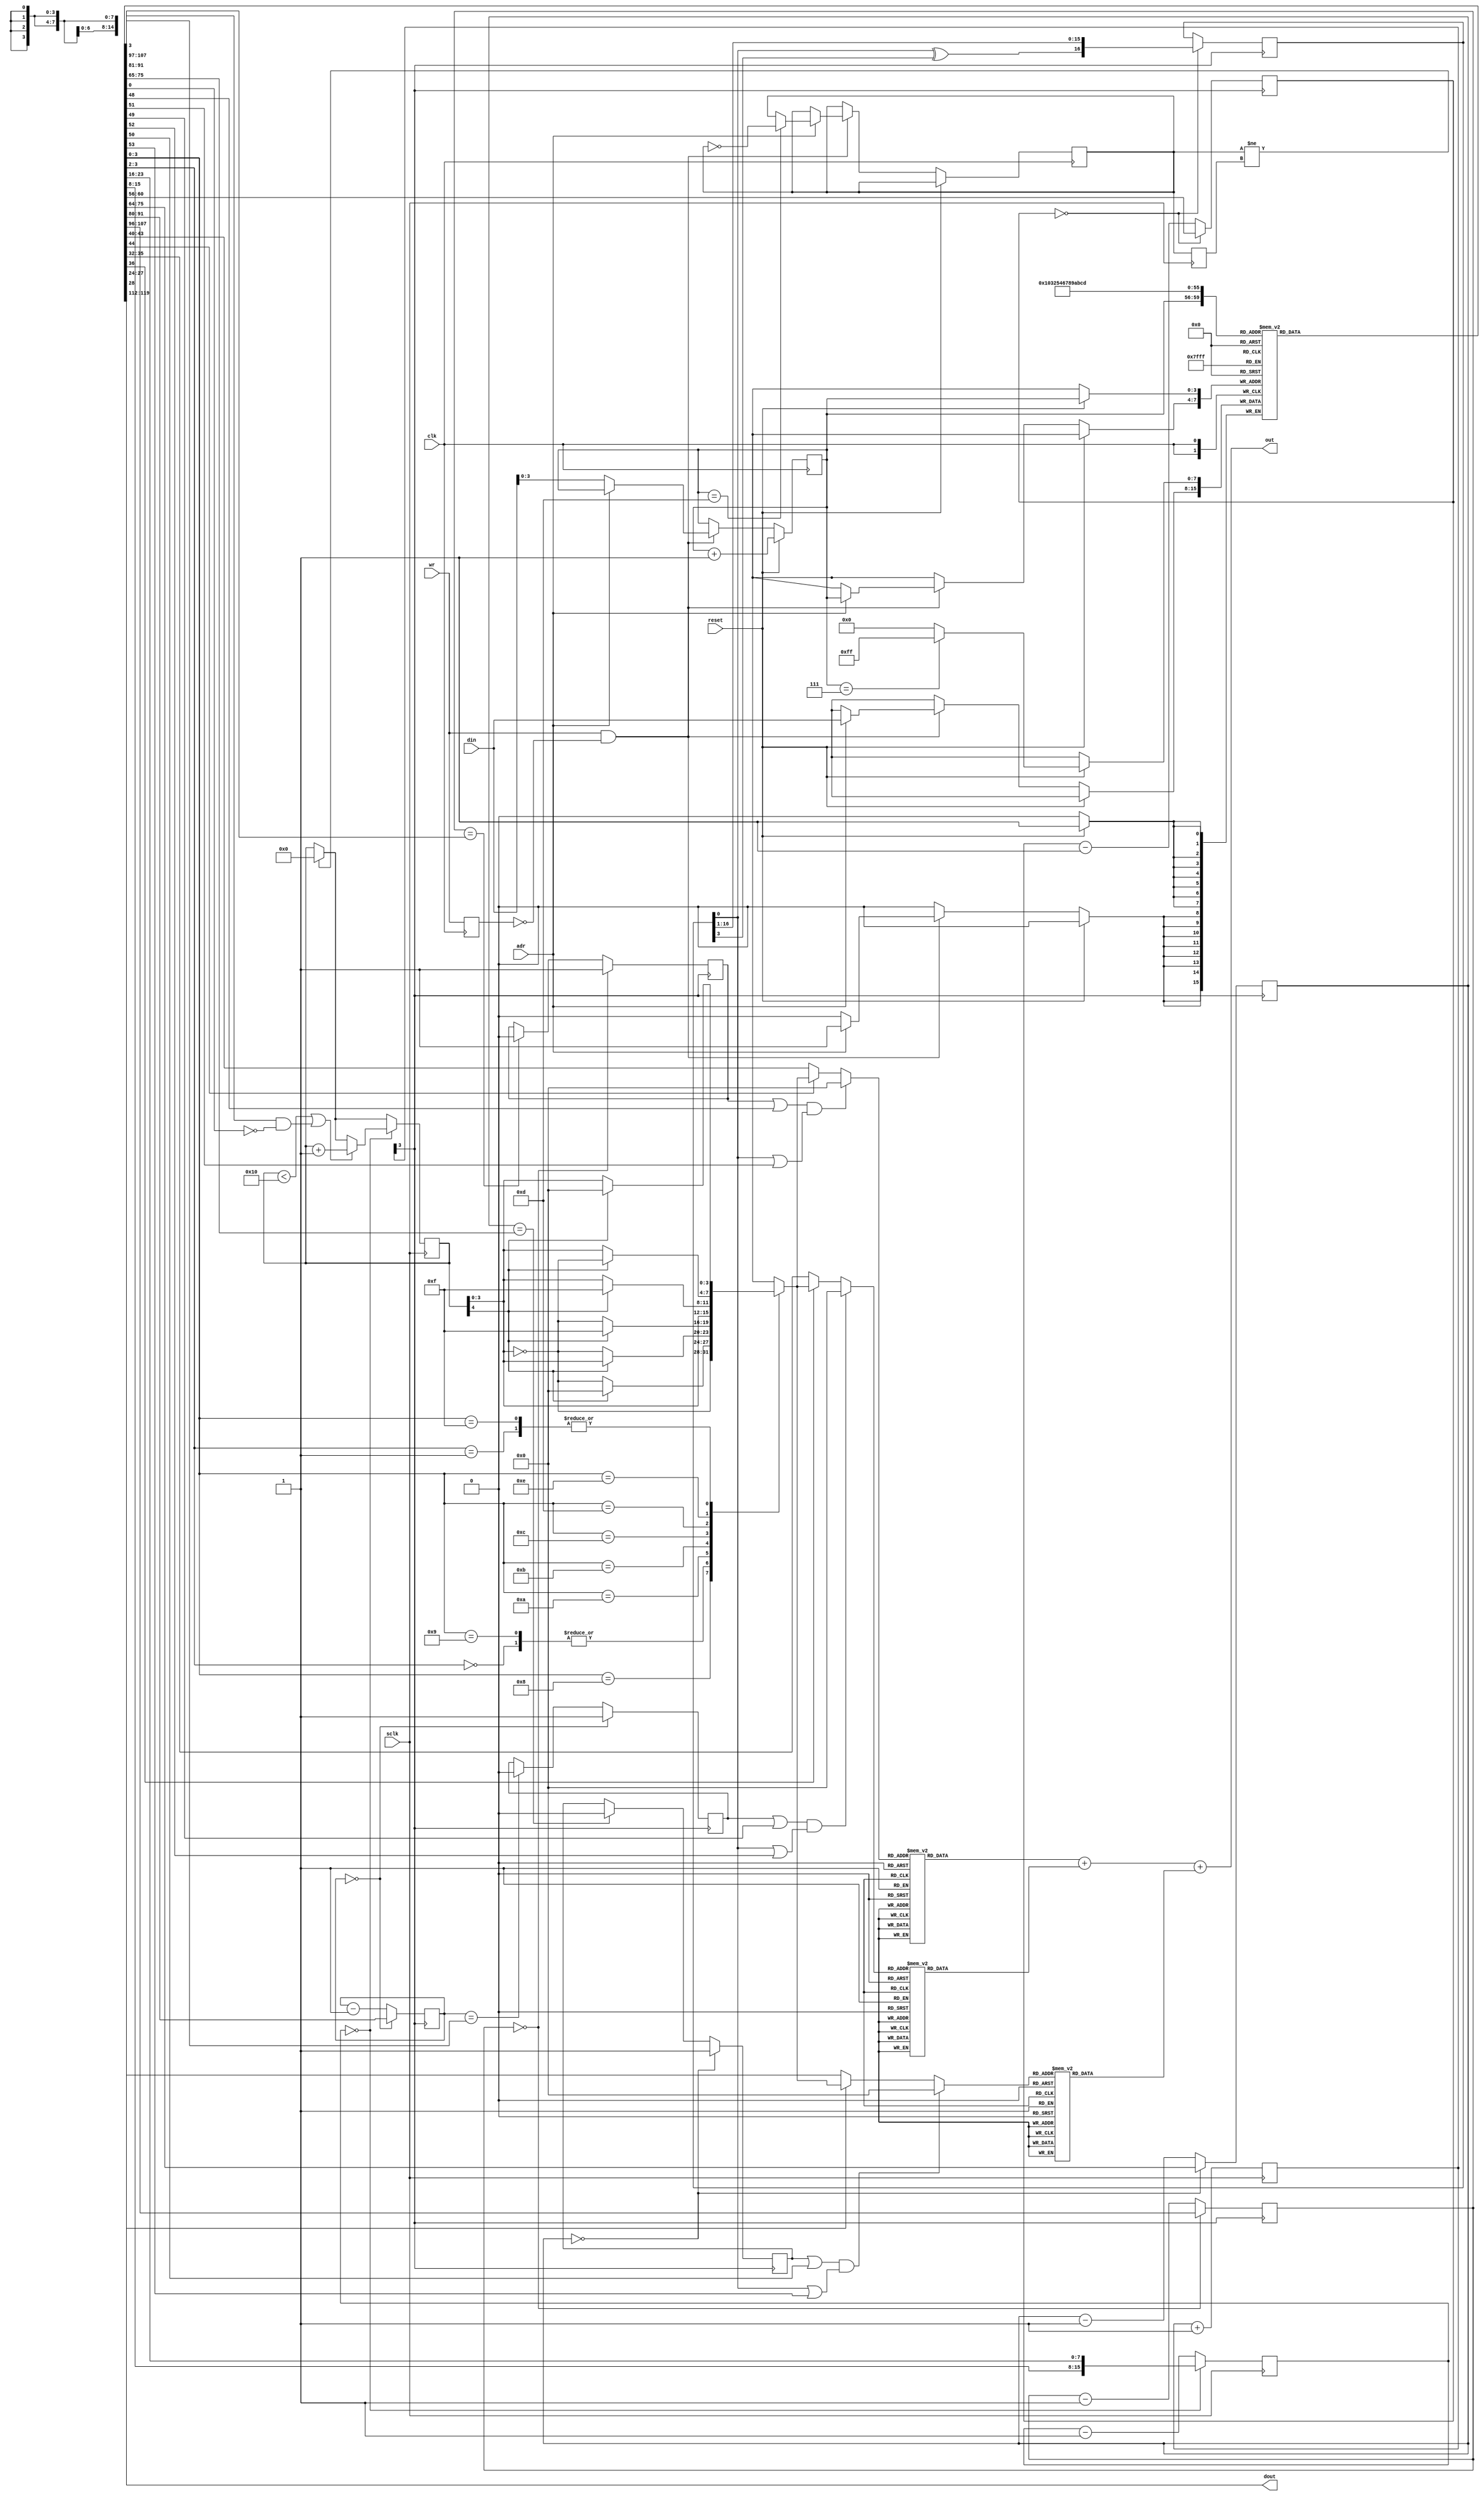
//
// psg891x.v
//
//
// 2020/7/12	Ver0.1  first Edition	
//
// This Verilog HDL code is provided "AS IS", with NO WARRANTY.
//	NON-COMMERCIAL USE ONLY
//

//
// AY-3-891x PSG (Limited Function)
//

module ltd891x (
	input wire			clk,
	input wire			reset,
	input	wire 			adr,
	input	wire [7:0]	din,
	input wire			wr,
	input wire			sclk,
	output wire [7:0]	dout,
	output wire	[9:0]	out
	);

	reg 			_wr;
	reg [7:0]	creg [0:15];		// control register
	reg [3:0]	rnum;					// register number
	reg			trig;
	
	//
	// Set Registor
	//
	always @ ( posedge clk) begin
		if ( reset ) begin
			creg[rnum] <= rnum == 4'h7 ? 8'hFF : 8'h00;
			rnum <= rnum + 4'h1;
		end
		else if ( wr & ~_wr) begin 
			if( adr == 1'b0)	rnum <= din[3:0];
			else if ( adr == 1'b1)	 begin
				creg[rnum] <= din;
				if ( rnum == 4'hd) trig <= ~trig;
			end
		end
		_wr <= wr;
	end
	assign	dout = creg[rnum];

	wire [11:0]		periodA = { creg[1][3:0], creg[0] };
	wire [11:0]		periodB = { creg[3][3:0], creg[2] };
	wire [11:0]		periodC = { creg[5][3:0], creg[4] };
	wire [4:0]		periodN = creg[6][4:0]; 
	wire [5:0]	   enable = creg[7][5:0];
	wire [4:0]		ampA = creg[8][4:0];
	wire [4:0]		ampB = creg[9][4:0];
	wire [4:0]		ampC = creg[10][4:0];
	wire [15:0]		periodE = { creg[12], creg[11] };
	wire [3:0]		envShape = creg[13][3:0];
	
	//
	// Clock Div.
	//
	reg [3:0]	cnt;
	wire 			tclk = cnt[3];			// sclk / 16
	always @ ( posedge sclk) begin
		cnt <= cnt + 4'b01;
	end
	
	//
	// Tone Gen.
	//
	reg [11:0]			cntA, cntB, cntC;
	reg					toneA, toneB, toneC;
	
	always @ ( posedge tclk) begin		
		// Channel A
		if ( cntA == { 1'b0, periodA[11:1] }) toneA <= 1'b0;
		if ( cntA == 12'd0 ) begin
			cntA <= periodA;
			toneA <= 1'b1;
		end
		else	cntA <= cntA - 12'd1;

		// Channel B
		if ( cntB == { 1'b0, periodB[11:1] }) toneB <= 1'b0;
		if ( cntB == 12'd0 ) begin
			cntB <= periodB;
			toneB <= 1'b1;
		end
		else	cntB <= cntB - 12'd1;

		// Channel C
		if ( cntC == { 1'b0, periodC[11:1] }) toneC <= 1'b0;
		if ( cntC == 12'd0 ) begin
			cntC <= periodC;
			toneC <= 1'b1;
		end
		else	cntC <= cntC - 12'd1;
	end

	//
	// Noise Gen.
	//
	reg [4:0] 		cntN;
	reg [16:0]		lfsr = 17'd1;
	wire				noise = lfsr[0];
	
	always @ ( posedge tclk) begin
		if ( cntN == 5'd0 ) begin
			cntN <= periodN;
			lfsr <= { lfsr[0] ^ lfsr[3], lfsr[16:1] };
		end
		else	cntN <= cntN - 5'd1;
	end	
	
	//
	// Envelope Gen.
	//
	reg [15:0] 		cntE;
	reg [4:0]		ep;
	reg				_trig;
	wire [3:0]		env_out = env( envShape, ep);
	
	always @ ( posedge sclk) begin
		if ( trig != _trig) ep <= 5'h00;
		if ( cntE == 16'd0 ) begin
			cntE <= periodE;
			if ( ep < 5'h10 | ( envShape[3] & ~envShape[0]))	ep <= ep + 4'd1;
		end
		else	cntE <= cntE - 16'd1;
		_trig <= trig;			
	end
	
	function [3:0] env;
		input [3:0] shape;
		input	[4:0]	ep;
		casex ( shape)
				4'b00xx:	env = ep[4] ? 4'h0 : ~ep[3:0];
				4'b01xx:	env = ep[4] ? 4'h0 : ep[3:0];
				4'b1000:	env = ~ep[3:0];
				4'b1001:	env = ep[4] ? 4'h0 : ~ep[3:0];
				4'b1010:	env = ep[4] ? ep[3:0] : ~ep[3:0];
				4'b1011:	env = ep[4] ? 4'hF : ~ep[3:0];
				4'b1100:	env = ep[3:0];
				4'b1101:	env = ep[4] ? 4'hF : ep[3:0];
				4'b1110:	env = ep[4] ? ~ep[3:0] : ep[3:0];
				4'b1111:	env = ep[4] ? 4'h0 : ep[3:0];
				default:	env = 4'h0;
		endcase
	endfunction

	//
	// Mixer
	//
	wire [3:0]	mixA = ( toneA | enable[0] ) & ( noise | enable[3] ) ?
										4'h0 : ( ampA[4] ? env_out : ampA[3:0] );
	wire [3:0]	mixB = ( toneB | enable[1] ) & ( noise | enable[4] ) ?
										4'h0 : ( ampB[4] ? env_out : ampB[3:0] );
	wire [3:0]	mixC = ( toneC | enable[2] ) & ( noise | enable[5] ) ?
										4'h0 : ( ampC[4] ? env_out : ampC[3:0] );
	
	//
	// D/A Level Quantizer / Output
	//
	wire [7:0]	dacA = dacout( mixA );
	wire [7:0]	dacB = dacout( mixB );
	wire [7:0]	dacC = dacout( mixC );
	assign out = { 2'b00, dacA } + { 2'b00, dacB } + { 2'b00, dacC };
	
	function [7:0] dacout;
		input [3:0] dacin;
		case ( dacin)
				4'h0:		dacout = 8'h00;
				4'h1:		dacout = 8'h01;
				4'h2:		dacout = 8'h02;
				4'h3:		dacout = 8'h03;
				4'h4:		dacout = 8'h05;
				4'h5:		dacout = 8'h07;
				4'h6:		dacout = 8'h0B;
				4'h7:		dacout = 8'h0F;
				4'h8:		dacout = 8'h16;
				4'h9:		dacout = 8'h1F;
				4'hA:		dacout = 8'h2D;
				4'hB:		dacout = 8'h3F;
				4'hC:		dacout = 8'h5A;
				4'hD:		dacout = 8'h7F;
				4'hE:		dacout = 8'hB4;
				4'hF:		dacout = 8'hFF;
				default:	dacout = 8'h00;
		endcase
	endfunction
	
endmodule